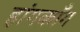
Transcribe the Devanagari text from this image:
हांगकाँग